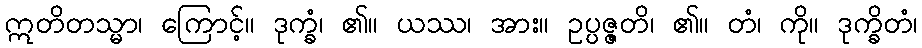
ဣတိတသ္မာ၊ ကြောင့်။ ဒုက္ခံ၊ ၏။ ယဿ၊ အား။ ဥပ္ပဇ္ဇတိ၊ ၏။ တံ၊ ကို။ ဒုက္ခိတံ၊